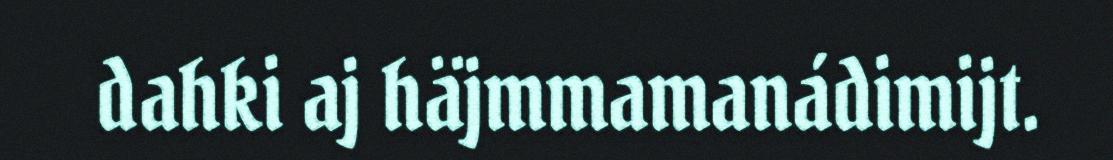
dahki aj häjmmamanádimijt.